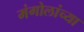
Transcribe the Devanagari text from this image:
मंगोलांच्या